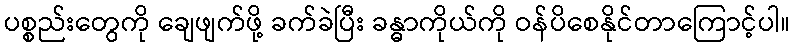
ပစ္စည်းတွေကို ချေဖျက်ဖို့ ခက်ခဲပြီး ခန္ဓာကိုယ်ကို ဝန်ပိစေနိုင်တာကြောင့်ပါ။